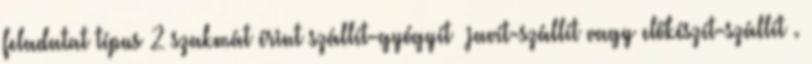
feladatat típus 2 szakmát érint szállít-gyógyít javít-szállít vagy előkészít-szállít .